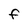
Character: F